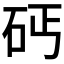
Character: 𱳩